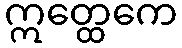
ဣတ္ထေကေ